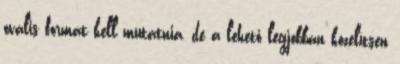
ovális formát kell mutatnia, de a lehető legjobban közelítsen